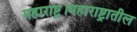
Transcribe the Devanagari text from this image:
महाराष्ट्र।महाराष्ट्रातील